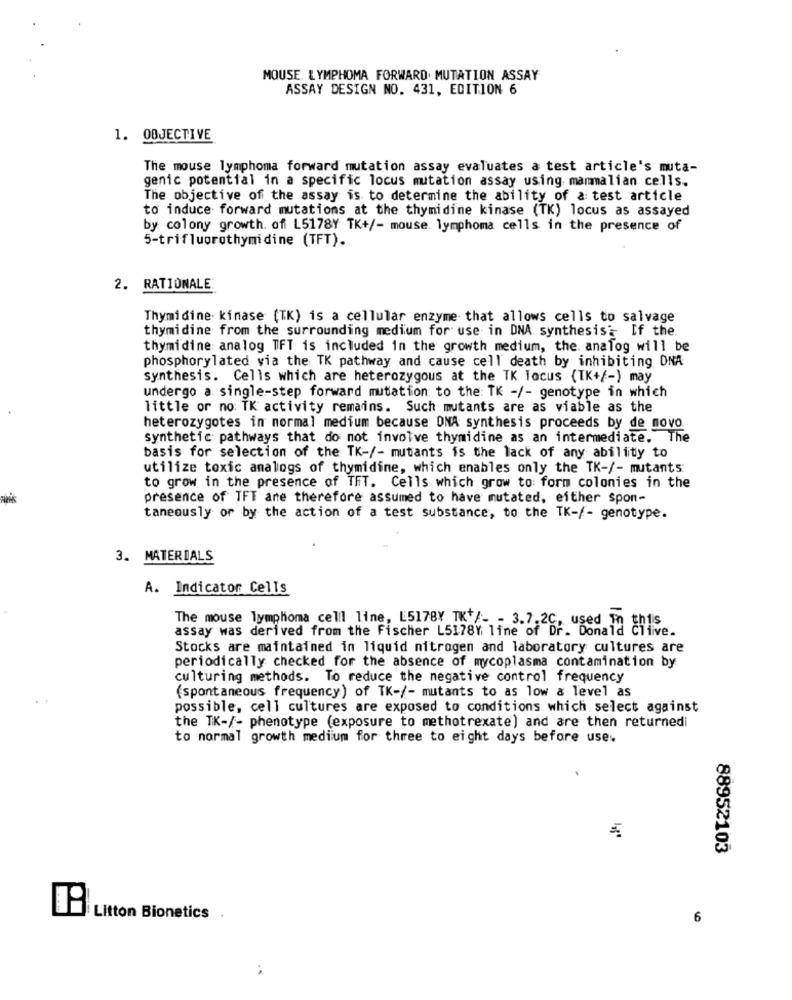
MOUSE LYMPHOMA FORWARD. MUTATION ASSAY
ASSAY DESIGN NO. 431, EDITION 6
1. OBJECTIVE
The mouse lymphoma forward mutation assay evaluates a test article's muta-
genic potential in a specific locus mutation assay using mammalian cells.
The objective of the assay is to determine the ability of a: test article
to induce forward mutations at the thymidine kinase (TK) locus as assayed
by colony growth. off L5178Y TK+/- mouse lymphoma cells in the presence of
5-trifluorothymidine (TFT).
2. RATIONALE
Thymidine kinase (TK) is a cellular enzyme that allows cells to salvage
thymidine from the surrounding medium for use in DNA synthesis's If the.
thymidine analog TFT is included in the growth medium, the. analog will be
phosphorylated via the TK pathway and cause cell death by inhibiting DNA
synthesis. Cells which are heterozygous at the TK locus (IK+/-) may
undergo a single-step forward mutation to the: TK -/- genotype in which
little or no: TK activity remains. Such mutants are as viable as the
heterozygotes in normal medium because DNA synthesis proceeds by de novo
synthetic pathways that do not involve thymidine as an intermediate. The
basis for selection of the TK-/- mutants is the lack of any ability to
utilize toxic analogs of thymidine, which enables only the TK-/- mutants:
to grow in the presence of TFT. Cells which grow to: form colonies in the
presence of TFT ane therefore assumed to have mutated, either spon-
taneously or by the action of a test substance, to the TK-/- genotype.
3. MATERIALS
A. Indicator Cells
The mouse lymphoma cell line, L5178Y_TK+/- - 3.7.2C, used in this
assay was derived from the Fischer L5178Y line of Dr. Donald Cliive.
Stocks are maintained in liquid nitrogen and laboratory cultures are
periodically checked for the absence of mycoplasma contamination by
culturing methods. To reduce the negative control frequency
(spontaneous frequency) of TK-/- mutants to as low a level as
possible, cell cultures are exposed to conditions which select against
the TK-/- phenotype (exposure to methotrexate) and are then returnedi
to normal growth medium for three to eight days before use.
88952103
Litton Bionetics
6
..